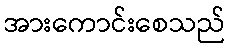
အားကောင်းစေသည်